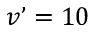
v ’ = 1 0